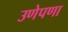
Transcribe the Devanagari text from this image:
उणेपणा